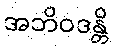
အဘိဝဒန္တိ